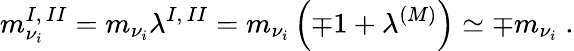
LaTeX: m_{\nu_{i}}^{I,\, II}=m_{\nu_{i}}\lambda^{I,\, II}=m_{\nu_{i}}\left(\mp 1+\lambda^{(M)}\right)\simeq\mp m_{\nu_{i}}\; .